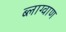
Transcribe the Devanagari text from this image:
ब्लाग्वाण